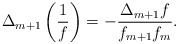
\begin{align*} \Delta_{m+1}\left(\frac{1}{f}\right)=-\frac{\Delta_{m+1}f}{f_{m+1}f_m}.\end{align*}